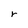
Character: r